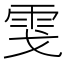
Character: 𩂅